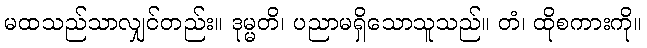
မထသည်သာလျှင်တည်း။ ဒုမ္မတိ၊ ပညာမရှိသောသူသည်။ တံ၊ ထိုစကားကို။